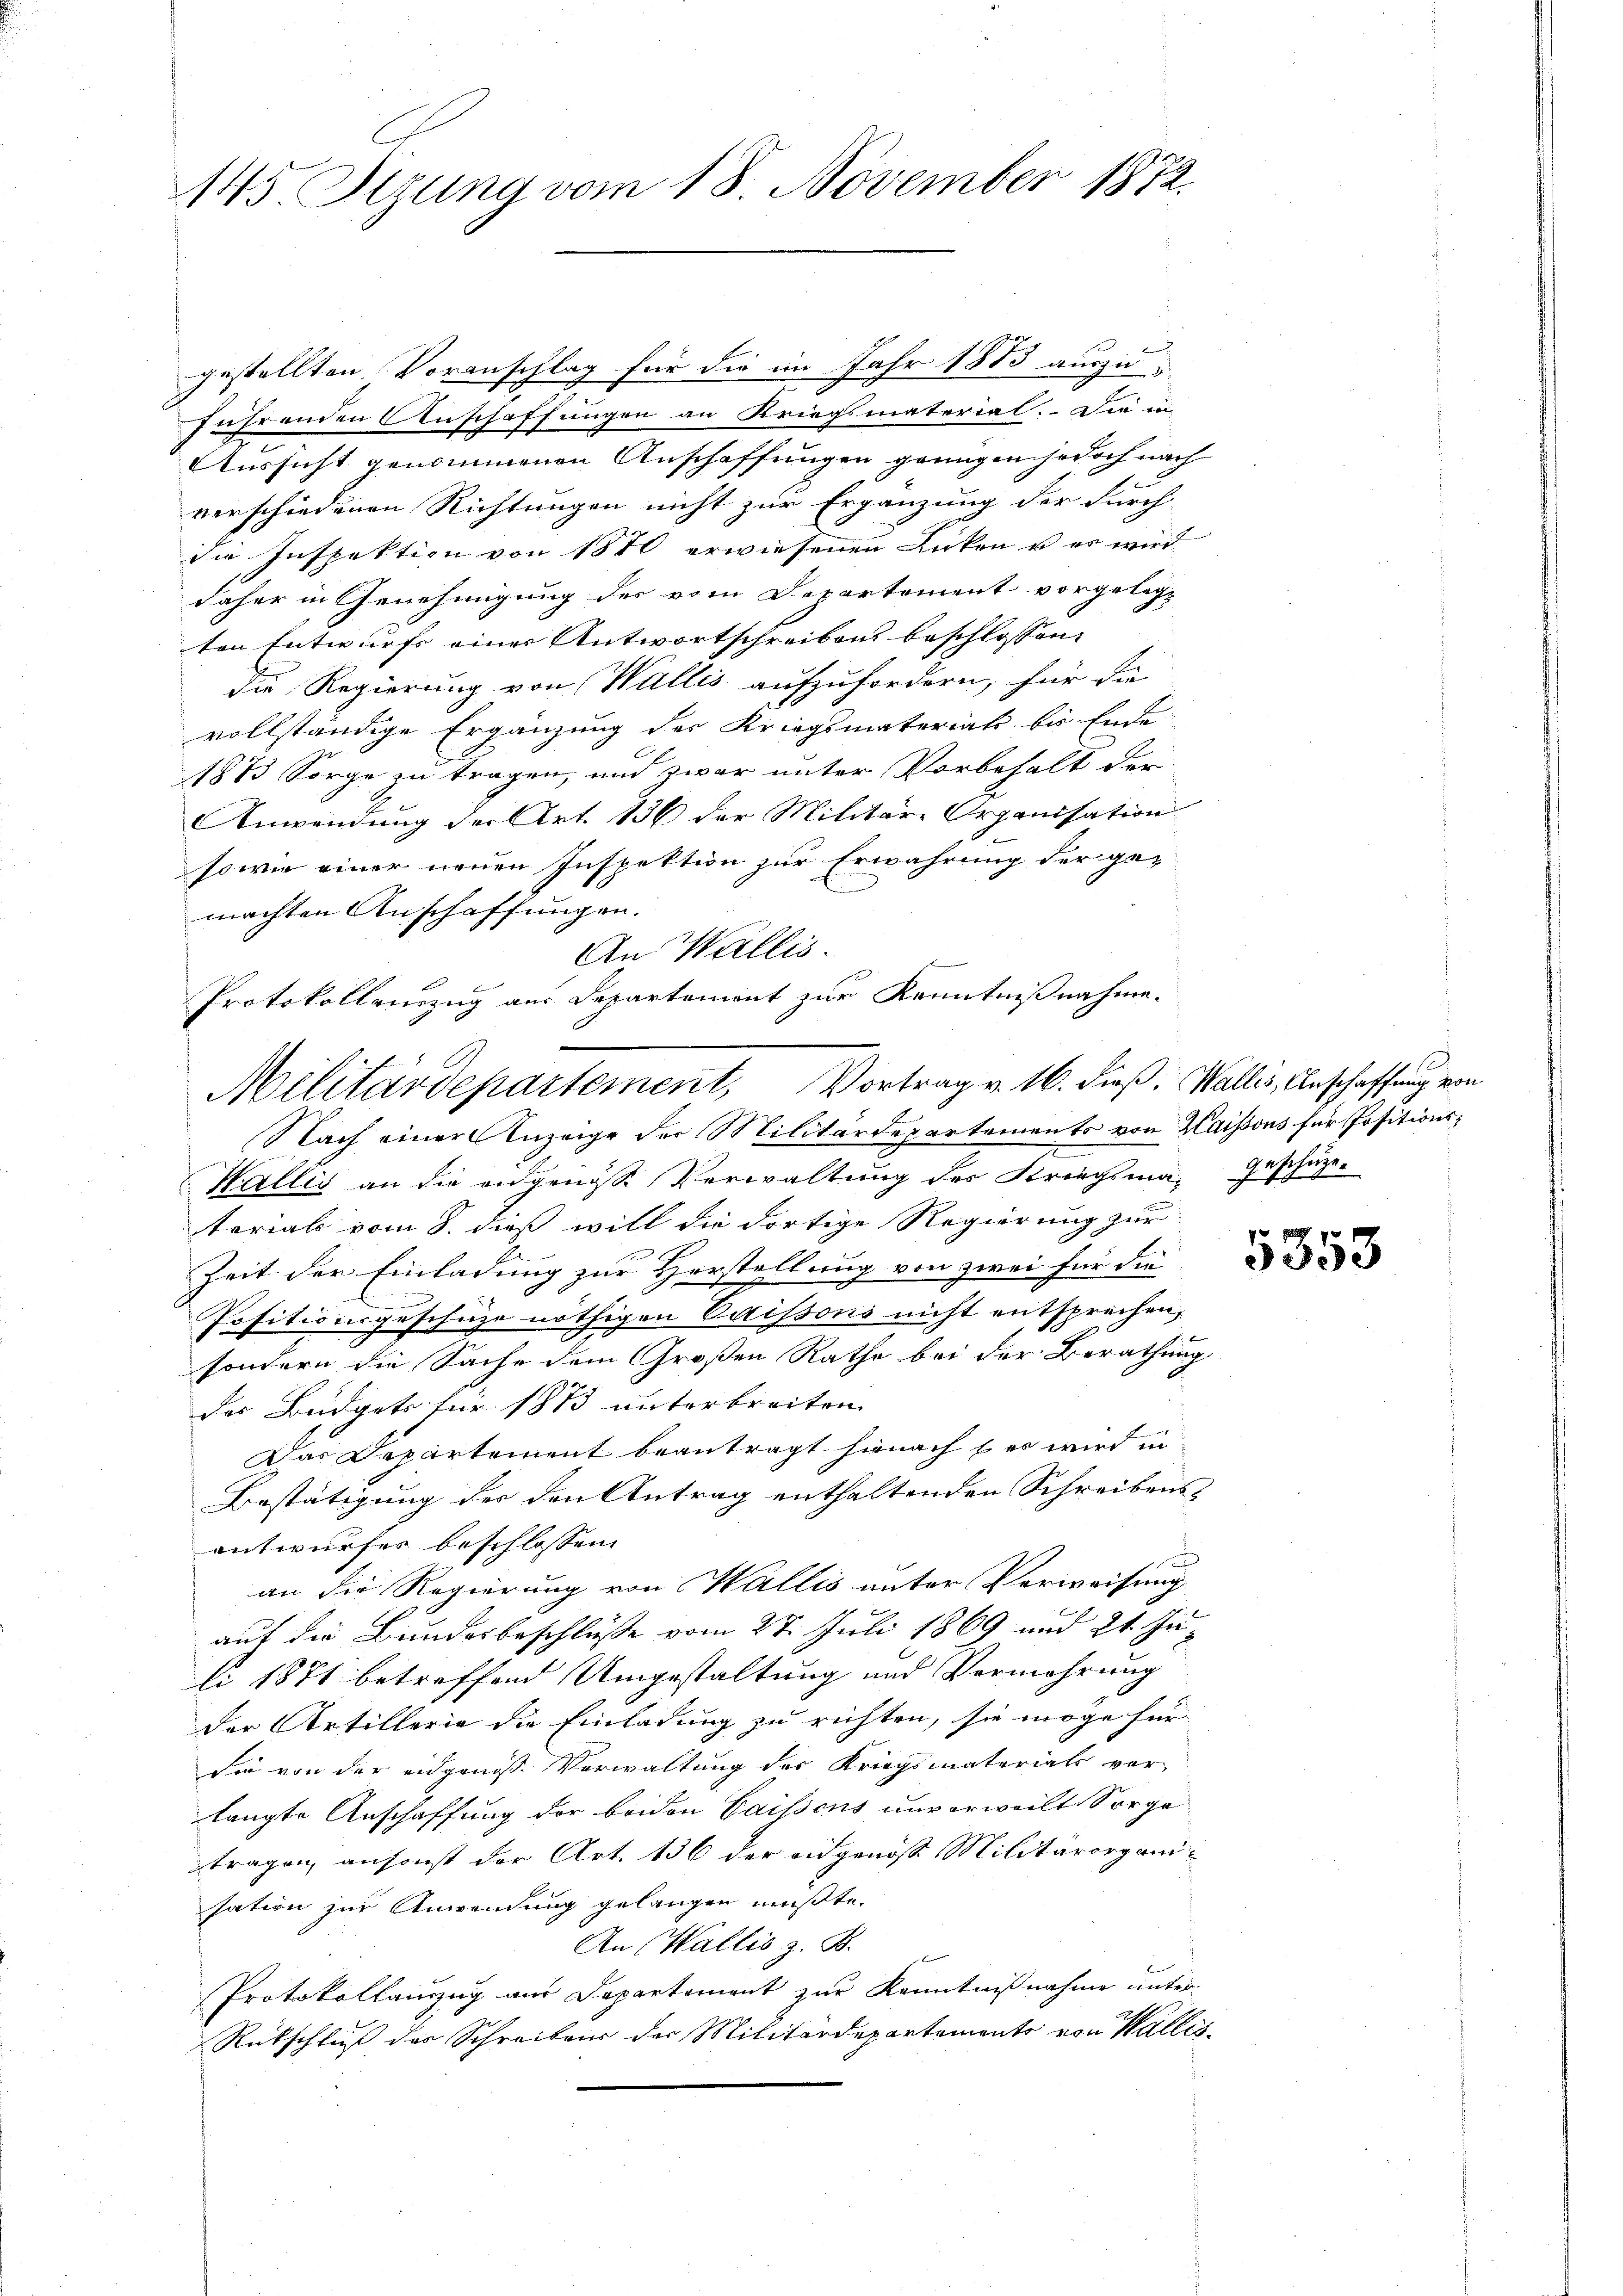
145 Sezung vom 18. November 1872.

gestellten Voranschlag für die im Jahr 1883 auszuführenden Anschaffungen an Kriegsmaterial. Die in
Aussicht genommenen Anschaffungen genügen jedoch nach
.
verschiedenen Richtungen nicht zur Ergänzung der durch
die Inspektion von 1870 erwiesenen Lücken u es wird
daher in Genehmigung des vom Departement vorgelegt
ton Entwurfs einer Antwortschreiben beschlossen,
die Regierung von Wallis aufzufordern, für die
vollständige Ergänzung des Kriegsmateriats bis Ende
1873 Sorge zu tragen, und zwar unter Vorbehalt der
Anwendung der Art. 136 der Militäre Organisation
sowie einer neuen Inspektion zur Erwährung der ge-
e
machten Anschaffungen.
An Wallis.
Protokollauszug aus Departement zur Kenntnißnahme.

e
Militärdepartement, Vortrag v. 16. dieß. Wallis, Anschaffung von

Nach einer Anzeige der Militärdepartements von Kaissous für Positions¬
Wallis an die angenosse Verwaltung des Kriegsma-Geschäzeterials vom 8. dieß will die dortige Regierung zur
Zeit der Einladung zur Herstellung von zwei für die
Positionsgeschüze nöthigen Vaissons nicht entsprechen,
sondern die Sache dem Großen Rathe bei der Berathung
des Büdgets für 1873 unterbreiten |
Das Departement beantragt hienach s er wird in
Bestätigung der den Antrag enthaltenden Schreibens-
entwurfes beschlossen:
an die Regierung von Wallis unter Verweisung
auf die Bundesbeschlüsse vom 27. Juli 1869 und 21. Juli 1871 betreffend Umgestaltung und Vermehrung
der Artillerie die Einladung zu richten, sie möge für
Sie von der eidgenoße Verwaltung der Kriegsmaterials ver-
langte Anschaffung der beiden Gaissens unverweilt Sorge
tragen, ansonst der Art. 136 der angenoss Militärorganisation zur Anwendung gelangen mußte.
An (Wallis z. B.
Protokollauszug aus Departement zur Kenntnißnahme unter
Rütschluß des Schreibens der Militärdepartemento von Wallis

5353